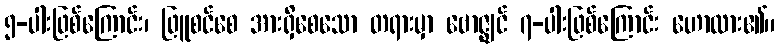
၅-ပါးဖြစ်ကြောင်း၊ ဖြူစင်စေ အားရှိစေသော တရားမှာ ဗောဇ္ဈင် ၇-ပါးဖြစ်ကြောင်း ဟောထား၏။